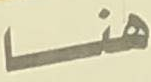
هنا